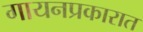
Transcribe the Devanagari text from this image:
गायनप्रकारात